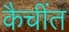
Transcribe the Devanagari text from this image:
कैचींत